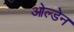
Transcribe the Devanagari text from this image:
ओल्डेन